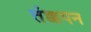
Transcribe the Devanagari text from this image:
तंक्कपन